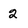
Character: 2